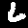
Label: 6